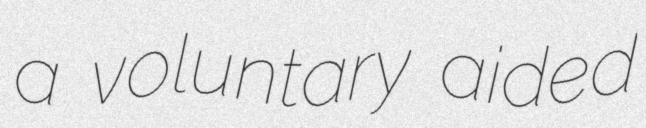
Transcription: a voluntary aided